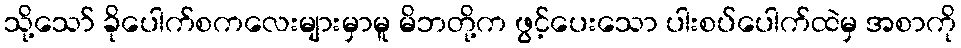
သို့သော် ခိုပေါက်စကလေးများမှာမူ မိဘတို့က ဖွင့်ပေးသော ပါးစပ်ပေါက်ထဲမှ အစာကို